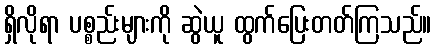
ရှိလိုရာ ပစ္စည်းများကို ဆွဲယူ ထွက်ပြေးတတ်ကြသည်။